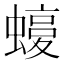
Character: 𧐛